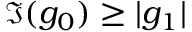
\Im ( g _ { 0 } ) \geq | g _ { 1 } |